Lock hospitals Punjab
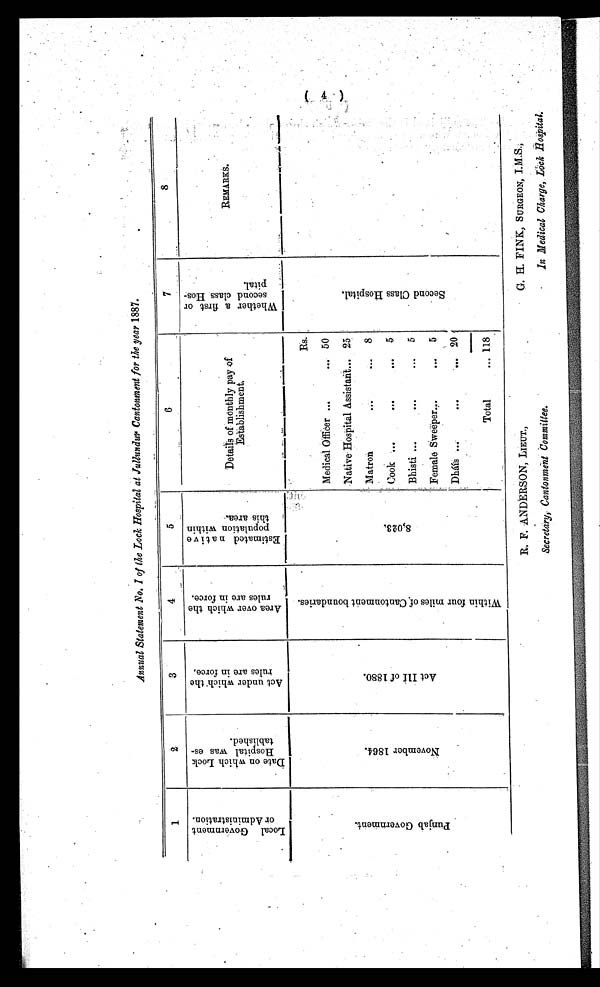
R. F. ANDERSON, LIEUT.,
Secretary, Cantonment Committee.
G. H. FINK, SURGEON, I.M.S
.,
In Medical Charge, Lock Hospital.
Annual Statement No. I of the Lock Hospital at Jullundur Cantonment for the year 1887.
1
2
3
4
5
6
7
8
L o c a l G o v e r n m e n t o r A d m i n i s t r a t i o n .
D a t e o n w h i c h L o c k H o s p i t a l w a s e s t a b l i s h e d .
A c t u n d e r w h i c h t h e r u l e s a r e i n t h e f o r c e .
A r e a o v e r w h i c h t h e r u l e s a r e i n f o r c e .
E s t i m a t e d n a t i v e p o p u l a t i o n w i t h i n t h i s a r e a .
Details of monthly pay of
E s t a b l i s h m e n t
W h e t h e r a f i r s t o r s e c o n d c l a s s H o s p i t a l .
REMARKS.
P u n j a b G o v e r n m e n t .
N o v e m b e r 1 8 6 4 .
A c t I I I o f 1 8 8 0 .
W i t h i n f o u r m i l e s o f . C a n t o n m e n t b o u n d a r i e s .
8 , 0 2 3 .
Rs.
S e c o n d C l a s s H o s p i t a l .
Medical Officer ...
... 50
Native Hospital Assistant ... 25
Matron
. . .
...
8
Cook
. . . .
. . .
...
5
Bhsiti ....
. . .
...
5
Female Sweeper ...
...
5
Dháís ...
. . .
...
2 0
Total
... 118